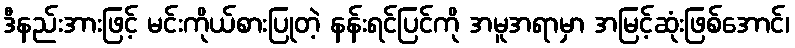
ဒီနည်းအားဖြင့် မင်းကိုယ်စားပြုတဲ့ နန်းရင်ပြင်ကို အမူအရာမှာ အမြင့်ဆုံးဖြစ်အောင်၊